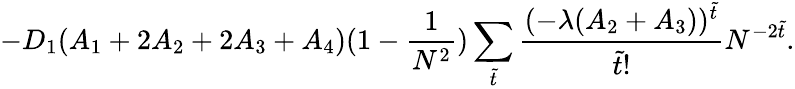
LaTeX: -D_{1}(A_{1}+2A_{2}+2A_{3}+A_{4})(1-\frac{1}{N^{2}})\sum_{\tilde{t}}\frac{(-\lambda(A_{2}+A_{3}))^{\tilde{t}}}{\tilde{t}!}N^{-2\tilde{t}}.